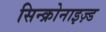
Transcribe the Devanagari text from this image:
सिन्क्रोनाइज़्ड